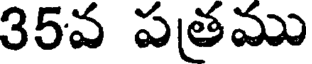
35వ పత్రము